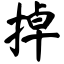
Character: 掉